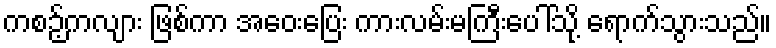
ကစဉ့်ကလျား ဖြစ်ကာ အဝေးပြေး ကားလမ်းမကြီးပေါ်သို့ ရောက်သွားသည်။